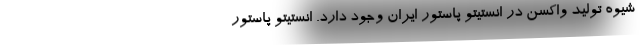
شیوه تولید واکسن در انستیتو پاستور ایران وجود دارد. انستیتو پاستور